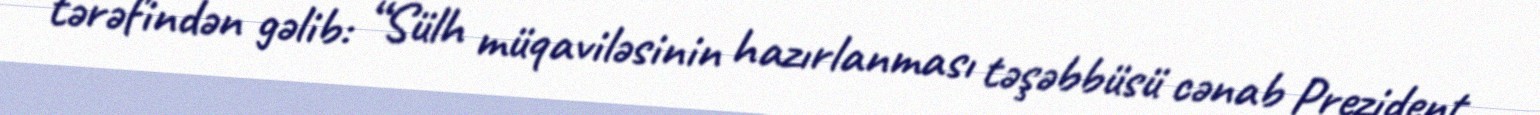
tərəfindən gəlib: “Sülh müqaviləsinin hazırlanması təşəbbüsü cənab Prezident